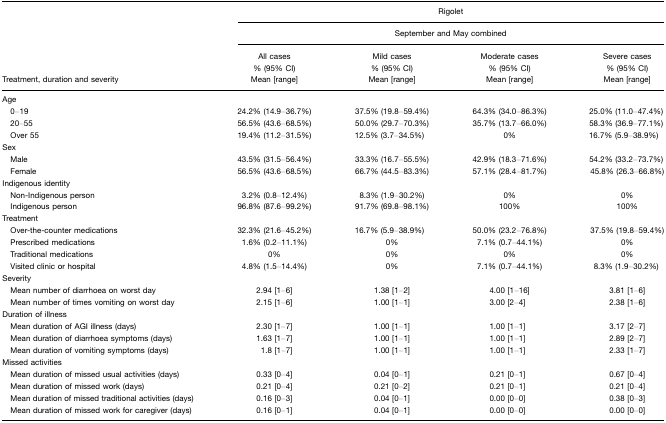
<table><thead><tr><td>[EMPTY_CELL]</td><td colspan="4"><b>Rigolet</b></td></tr><tr><td>[EMPTY_CELL]</td><td colspan="4"><b>September and May combined</b></td></tr><tr><td><b>Treatment, duration and severity</b></td><td><b>All cases % (95% CI) Mean [range]</b></td><td><b>Mild cases % (95% CI) Mean [range]</b></td><td><b>Moderate cases % (95% CI) Mean [range]</b></td><td><b>Severe cases % (95% CI) Mean [range]</b></td></tr></thead><tbody><tr><td>Age</td><td>[EMPTY_CELL]</td><td>[EMPTY_CELL]</td><td>[EMPTY_CELL]</td><td>[EMPTY_CELL]</td></tr><tr><td> 0–19</td><td>24.2% (14.9–36.7%)</td><td>37.5% (19.8–59.4%)</td><td>64.3% (34.0–86.3%)</td><td>25.0% (11.0–47.4%)</td></tr><tr><td> 20–55</td><td>56.5% (43.6–68.5%)</td><td>50.0% (29.7–70.3%)</td><td>35.7% (13.7–66.0%)</td><td>58.3% (36.9–77.1%)</td></tr><tr><td> Over 55</td><td>19.4% (11.2–31.5%)</td><td>12.5% (3.7–34.5%)</td><td>0%</td><td>16.7% (5.9–38.9%)</td></tr><tr><td>Sex</td><td>[EMPTY_CELL]</td><td>[EMPTY_CELL]</td><td>[EMPTY_CELL]</td><td>[EMPTY_CELL]</td></tr><tr><td> Male</td><td>43.5% (31.5–56.4%)</td><td>33.3% (16.7–55.5%)</td><td>42.9% (18.3–71.6%)</td><td>54.2% (33.2–73.7%)</td></tr><tr><td> Female</td><td>56.5% (43.6–68.5%)</td><td>66.7% (44.5–83.3%)</td><td>57.1% (28.4–81.7%)</td><td>45.8% (26.3–66.8%)</td></tr><tr><td>Indigenous identity</td><td>[EMPTY_CELL]</td><td>[EMPTY_CELL]</td><td>[EMPTY_CELL]</td><td>[EMPTY_CELL]</td></tr><tr><td> Non-Indigenous person</td><td>3.2% (0.8–12.4%)</td><td>8.3% (1.9–30.2%)</td><td>0%</td><td>0%</td></tr><tr><td> Indigenous person</td><td>96.8% (87.6–99.2%)</td><td>91.7% (69.8–98.1%)</td><td>100%</td><td>100%</td></tr><tr><td>Treatment</td><td>[EMPTY_CELL]</td><td>[EMPTY_CELL]</td><td>[EMPTY_CELL]</td><td>[EMPTY_CELL]</td></tr><tr><td> Over-the-counter medications</td><td>32.3% (21.6–45.2%)</td><td>16.7% (5.9–38.9%)</td><td>50.0% (23.2–76.8%)</td><td>37.5% (19.8–59.4%)</td></tr><tr><td> Prescribed medications</td><td>1.6% (0.2–11.1%)</td><td>0%</td><td>7.1% (0.7–44.1%)</td><td>0%</td></tr><tr><td> Traditional medications</td><td>0%</td><td>0%</td><td>0%</td><td>0%</td></tr><tr><td> Visited clinic or hospital</td><td>4.8% (1.5–14.4%)</td><td>0%</td><td>7.1% (0.7–44.1%)</td><td>8.3% (1.9–30.2%)</td></tr><tr><td>Severity</td><td>[EMPTY_CELL]</td><td>[EMPTY_CELL]</td><td>[EMPTY_CELL]</td><td>[EMPTY_CELL]</td></tr><tr><td> Mean number of diarrhoea on worst day</td><td>2.94 [1–6]</td><td>1.38 [1–2]</td><td>4.00 [1–16]</td><td>3.81 [1–6]</td></tr><tr><td> Mean number of times vomiting on worst day</td><td>2.15 [1–6]</td><td>1.00 [1–1]</td><td>3.00 [2–4]</td><td>2.38 [1–6]</td></tr><tr><td>Duration of illness</td><td>[EMPTY_CELL]</td><td>[EMPTY_CELL]</td><td>[EMPTY_CELL]</td><td>[EMPTY_CELL]</td></tr><tr><td> Mean duration of AGI illness (days)</td><td>2.30 [1–7]</td><td>1.00 [1–1]</td><td>1.00 [1–1]</td><td>3.17 [2–7]</td></tr><tr><td> Mean duration of diarrhoea symptoms (days)</td><td>1.63 [1–7]</td><td>1.00 [1–1]</td><td>1.00 [1–1]</td><td>2.89 [2–7]</td></tr><tr><td> Mean duration of vomiting symptoms (days)</td><td>1.8 [1–7]</td><td>1.00 [1–1]</td><td>1.00 [1–1]</td><td>2.33 [1–7]</td></tr><tr><td>Missed activities</td><td>[EMPTY_CELL]</td><td>[EMPTY_CELL]</td><td>[EMPTY_CELL]</td><td>[EMPTY_CELL]</td></tr><tr><td> Mean duration of missed usual activities (days)</td><td>0.33 [0–4]</td><td>0.04 [0–1]</td><td>0.21 [0–1]</td><td>0.67 [0–4]</td></tr><tr><td> Mean duration of missed work (days)</td><td>0.21 [0–4]</td><td>0.21 [0–2]</td><td>0.21 [0–1]</td><td>0.21 [0–4]</td></tr><tr><td> Mean duration of missed traditional activities (days)</td><td>0.16 [0–3]</td><td>0.04 [0–1]</td><td>0.00 [0–0]</td><td>0.38 [0–3]</td></tr><tr><td> Mean duration of missed work for caregiver (days)</td><td>0.16 [0–1]</td><td>0.04 [0–1]</td><td>0.00 [0–0]</td><td>0.00 [0–0]</td></tr></tbody></table>